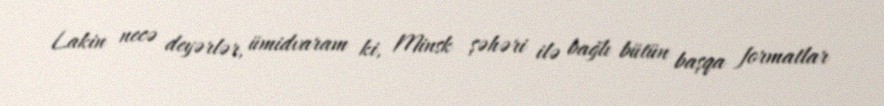
Lakin necə deyərlər, ümidvaram ki, Minsk şəhəri ilə bağlı bütün başqa formatlar